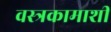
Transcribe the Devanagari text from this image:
वस्त्रकामाशी